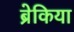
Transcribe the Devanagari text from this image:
ब्रेकिया